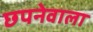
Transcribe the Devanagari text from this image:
छपनेवाला